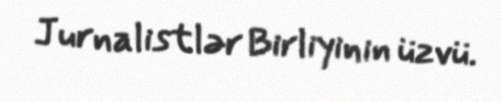
Jurnalistlər Birliyinin üzvü.